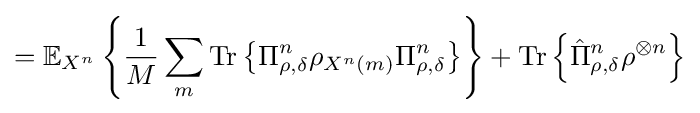
=\mathbb {E} _{X^{n}}\left\{{\frac {1}{M}}\sum _{m}{\text{Tr}}\left\{\Pi _{\rho ,\delta }^{n}\rho _{X^{n}\left(m\right)}\Pi _{\rho ,\delta }^{n}\right\}\right\}+{\text{Tr}}\left\{{\hat {\Pi }}_{\rho ,\delta }^{n}\rho ^{\otimes n}\right\}